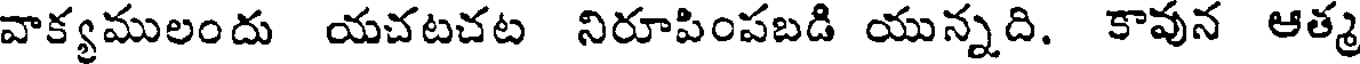
వాక్యములందు యచటచట నిరూపింపబడి యున్నది. కావున ఆత్మ